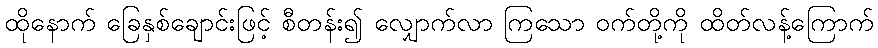
ထိုနောက် ခြေနှစ်ချောင်းဖြင့် စီတန်း၍ လျှောက်လာ ကြသော ဝက်တို့ကို ထိတ်လန့်ကြောက်